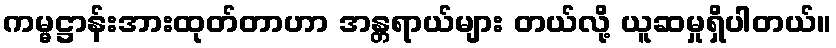
ကမ္မဋ္ဌာန်းအားထုတ်တာဟာ အန္တရာယ်များ တယ်လို့ ယူဆမှုရှိပါတယ်။